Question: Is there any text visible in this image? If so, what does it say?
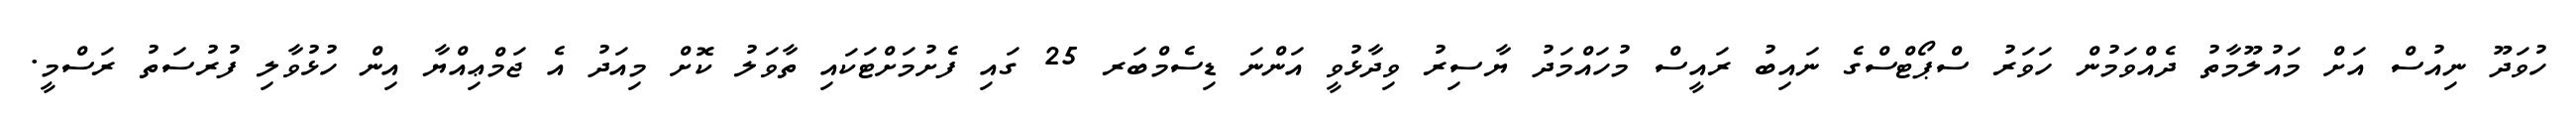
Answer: ހުވަދޫ ނިއުސް އަށް މައުލޫމާތު ދެއްވަމުން ހަވަރު ސްޕޯޓްސްގެ ނައިބު ރައީސް މުހައްމަދު ޔާސިރު ވިދާޅުވީ އަންނަ ޑިސެމްބަރ 25 ގައި ފެށުމަށްޓަކައި ތާވަލު ކޮށް މިއަދު އެ ޖަމްޢިއްޔާ އިން ހުޅުވާލި ފުރުސަތު ރަސްމީ.